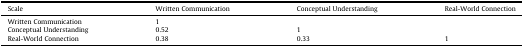
<table><thead><tr><td><b>Scale</b></td><td><b>Written Communication</b></td><td><b>Conceptual Understanding</b></td><td><b>Real-World Connection</b></td></tr></thead><tbody><tr><td>Written Communication</td><td>1</td><td></td><td></td></tr><tr><td>Conceptual Understanding</td><td>0.52</td><td>1</td><td></td></tr><tr><td>Real-World Connection</td><td>0.38</td><td>0.33</td><td>1</td></tr></tbody></table>